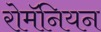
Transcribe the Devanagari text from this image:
रोमॅनियन